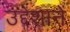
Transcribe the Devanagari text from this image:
उद्देशानें